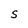
Character: S